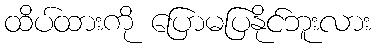
ထိပ်ထားကို ပြောမပြနိုင်ဘူးလား